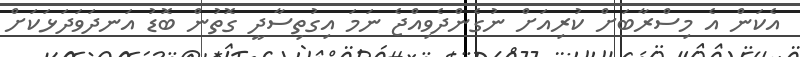
އެކަން އެ މިސްރާބަށް ކުރިއަށް ނުގެންދެވިއްޖެ ނަމަ އިގުތިސާދީ ގޮތުން ބޮޑު އަނދަވަދަޅަކަށް